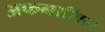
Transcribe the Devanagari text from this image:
अफनासिय